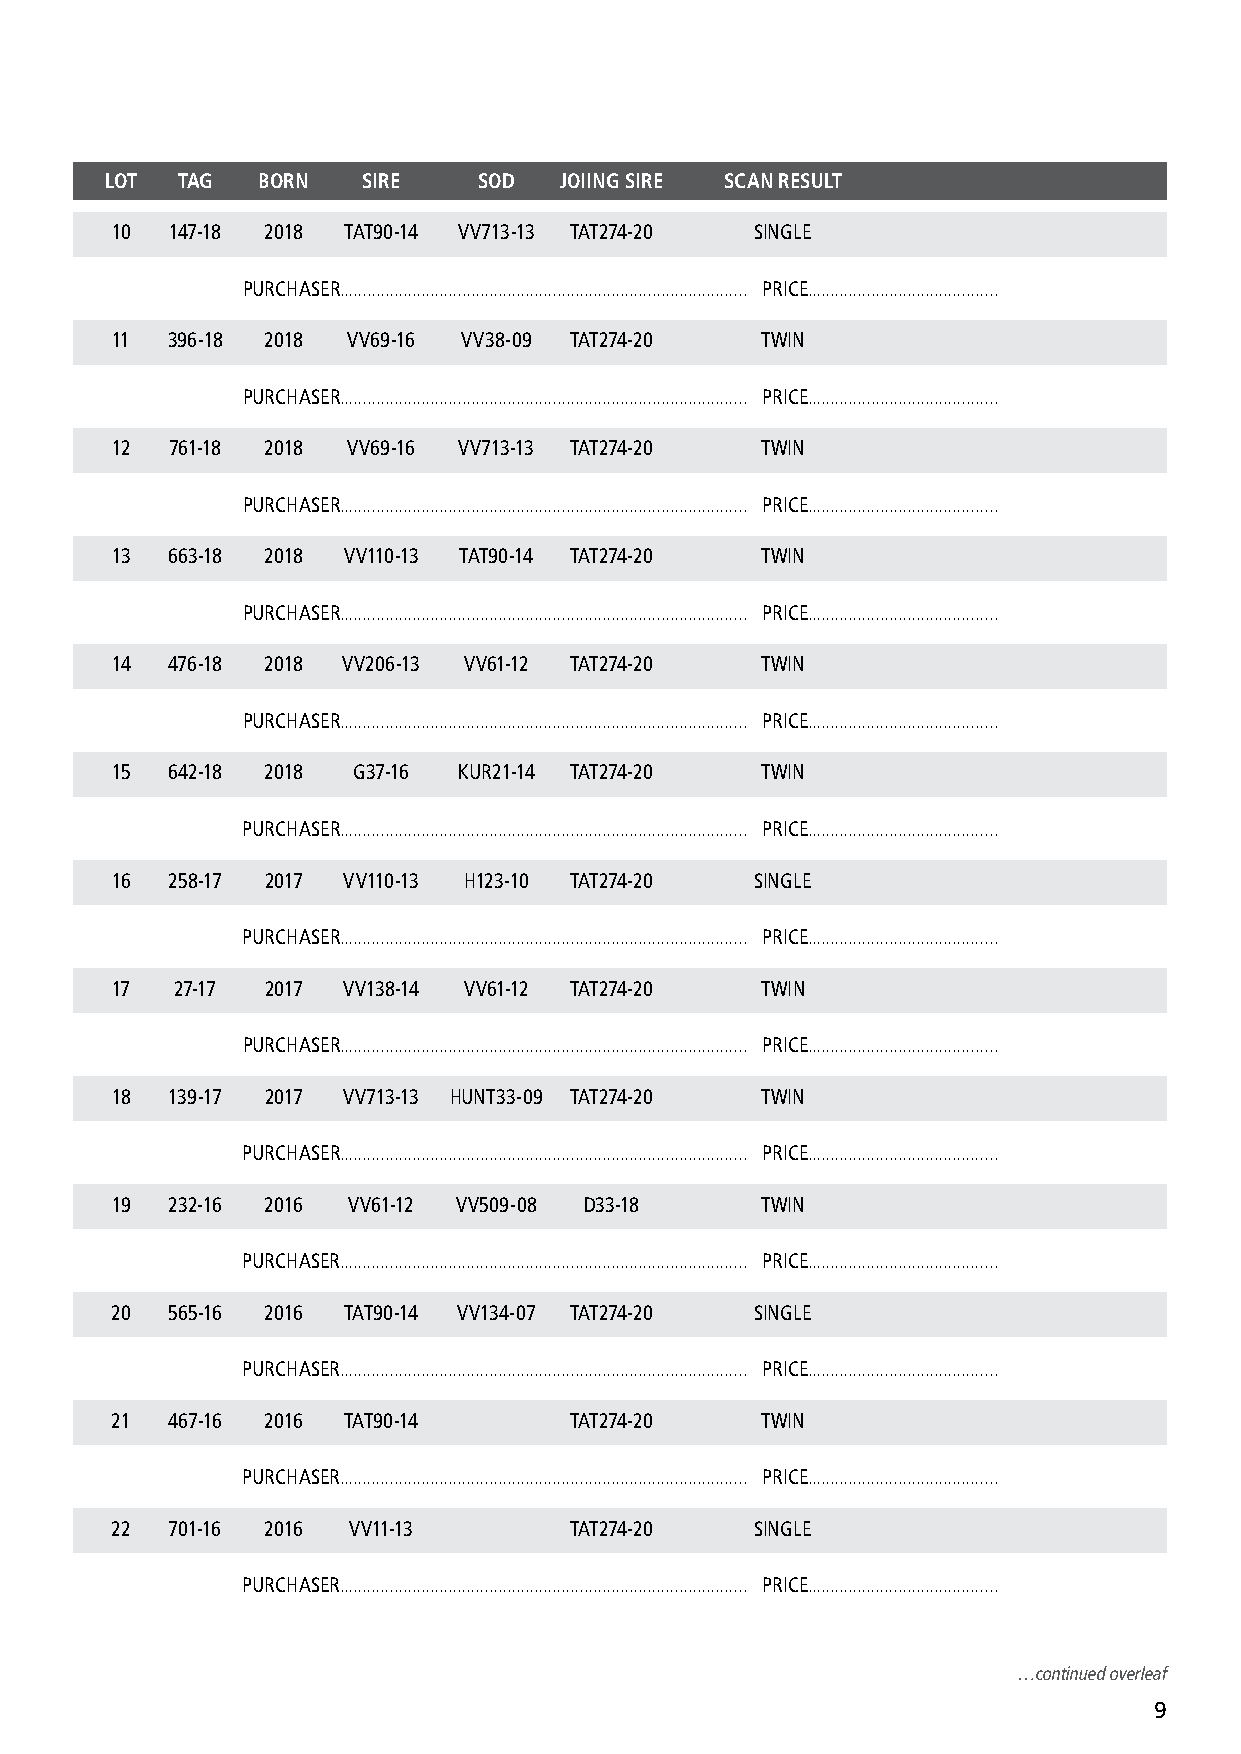
LOT  TAG  BORN   SIRE    SOD  JOIING SIRE SCAN RESULT
 10  147-18 2018 TAT90-14 VV713-13 TAT274-20 SINGLE
 PURCHASER.......................................................................................... PRICE..........................................
 11  396-18 2018 VV69-16 VV38-09 TAT274-20  TWIN
 PURCHASER.......................................................................................... PRICE..........................................
 12  761-18 2018 VV69-16 VV713-13 TAT274-20 TWIN
 PURCHASER.......................................................................................... PRICE..........................................
 13  663-18 2018 VV110-13 TAT90-14 TAT274-20 TWIN
 PURCHASER.......................................................................................... PRICE..........................................
 14  476-18 2018 VV206-13 VV61-12 TAT274-20 TWIN
 PURCHASER.......................................................................................... PRICE..........................................
 15  642-18 2018 G37-16 KUR21-14 TAT274-20  TWIN
 PURCHASER.......................................................................................... PRICE..........................................
 16  258-17 2017 VV110-13 H123-10 TAT274-20 SINGLE
 PURCHASER.......................................................................................... PRICE..........................................
 17  27-17  2017 VV138-14 VV61-12 TAT274-20 TWIN
 PURCHASER.......................................................................................... PRICE..........................................
 18  139-17 2017 VV713-13 HUNT33-09 TAT274-20 TWIN
 PURCHASER.......................................................................................... PRICE..........................................
 19  232-16 2016 VV61-12 VV509-08 D33-18    TWIN
 PURCHASER.......................................................................................... PRICE..........................................
 20  565-16 2016 TAT90-14 VV134-07 TAT274-20 SINGLE
 PURCHASER.......................................................................................... PRICE..........................................
 21  467-16 2016 TAT90-14       TAT274-20   TWIN
 PURCHASER.......................................................................................... PRICE..........................................
 22  701-16 2016 VV11-13        TAT274-20   SINGLE
 PURCHASER.......................................................................................... PRICE..........................................
 …continued overleaf
 9